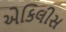
એકિલીસ